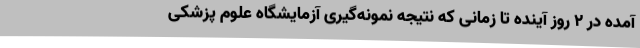
آمده در ۲ روز آینده تا زمانی که نتیجه نمونه‌گیری آزمایشگاه علوم پزشکی